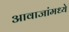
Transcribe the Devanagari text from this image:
आवाजांमध्ये